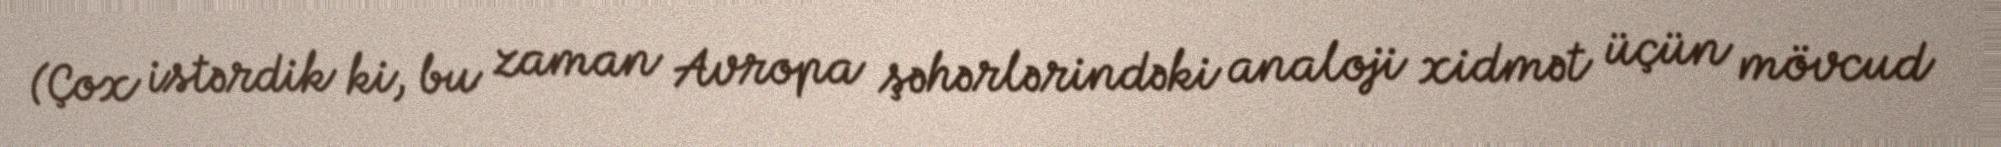
(Çox istərdik ki, bu zaman Avropa şəhərlərindəki analoji xidmət üçün mövcud